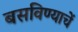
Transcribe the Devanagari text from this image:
बसविण्याचें